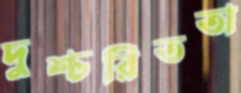
দুশ্চরিততা